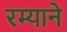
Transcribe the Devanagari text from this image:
रम्याने